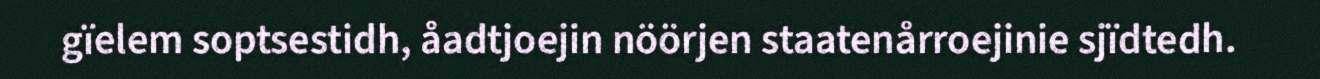
gïelem soptsestidh, åadtjoejin nöörjen staatenårroejinie sjïdtedh.